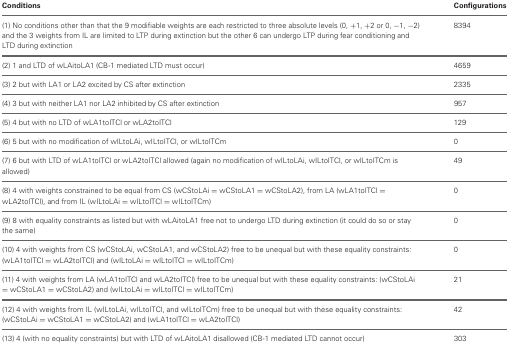
| Conditions | Configurations |
 | --- | --- |
 | (1) No conditions other than that the 9 modifiable weights are each restricted to three absolute levels (0, +1, +2 or 0, −1, −2) and the 3 weights from IL are limited to LTP during extinction but the other 6 can undergo LTP during fear conditioning and LTD during extinction | 8394 |
 | (2) 1 and LTD of wLAitoLA1 (CB-1 mediated LTD must occur) | 4659 |
 | (3) 2 but with LA1 or LA2 excited by CS after extinction | 2335 |
 | (4) 3 but with neither LA1 nor LA2 inhibited by CS after extinction | 957 |
 | (5) 4 but with no LTD of wLA1toITCl or wLA2toITCl | 129 |
 | (6) 5 but with no modification of wILtoLAi, wILtoITCl, or wILtoITCm | 0 |
 | (7) 6 but with LTD of wLA1toITCl or wLA2toITCl allowed (again no modification of wILtoLAi, wILtoITCl, or wILtoITCm is allowed) | 49 |
 | (8) 4 with weights constrained to be equal from CS (wCStoLAi = wCStoLA1 = wCStoLA2), from LA (wLA1toITCl = wLA2toITCl), and from IL (wILtoLAi = wILtoITCl = wILtoITCm) | 0 |
 | (9) 8 with equality constraints as listed but with wLAitoLA1 free not to undergo LTD during extinction (it could do so or stay the same) | 0 |
 | (10) 4 with weights from CS (wCStoLAi, wCStoLA1, and wCStoLA2) free to be unequal but with these equality constraints: (wLA1toITCl = wLA2toITCl) and (wILtoLAi = wILtoITCl = wILtoITCm) | 0 |
 | (11) 4 with weights from LA (wLA1toITCl and wLA2toITCl) free to be unequal but with these equality constraints: (wCStoLAi = wCStoLA1 = wCStoLA2) and (wILtoLAi = wILtoITCl = wILtoITCm) | 21 |
 | (12) 4 with weights from IL (wILtoLAi, wILtoITCl, and wILtoITCm) free to be unequal but with these equality constraints: (wCStoLAi = wCStoLA1 = wCStoLA2) and (wLA1toITCl = wLA2toITCl) | 42 |
 | (13) 4 (with no equality constraints) but with LTD of wLAitoLA1 disallowed (CB-1 mediated LTD cannot occur) | 303 |